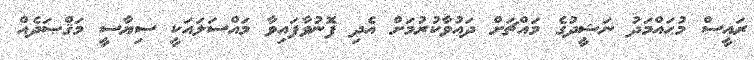
ރައީސް މުޙައްމަދު ނަޝީދުގެ މައްޗަށް ދައުވާކުރުމަށް އެދި ފޮނުވާފައިވާ މައްސަލައަކީ ސިޔާސީ މަޤްޞަދެއް